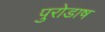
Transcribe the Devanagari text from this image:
पुरोडाष